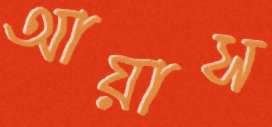
আয়াস